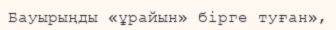
Бауырыңды «ұрайын» бірге туған»,